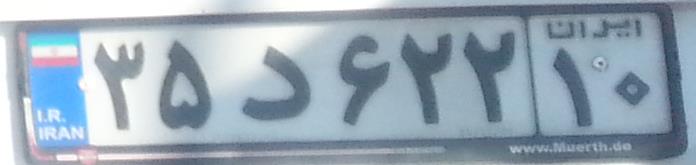
۳۵د۶۲۲۱۰